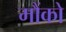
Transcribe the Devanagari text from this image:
मौंको